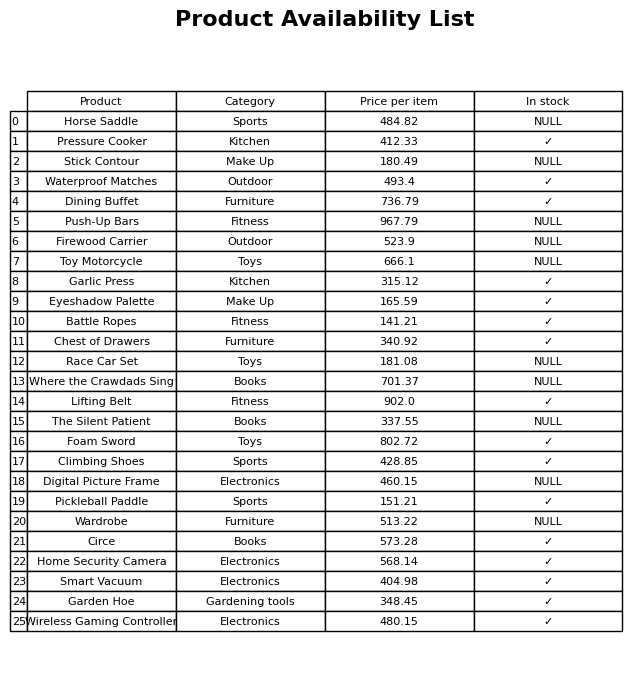
question: What is the price of the Push-Up Bars?
answer: The price of Push-Up Bars is 967.79.